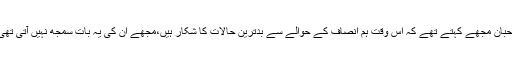
اُس زمانے میں بھی میرے بعض وکلاء دوست اور لوئر جوڈیشری کے جج صاحبان مجھے کہتے تھے کہ اس وقت ہم انصاف کے حوالے سے بدترین حالات کا شکار ہیں،مجھے اُن کی یہ بات سمجھ نہیں آتی تھی، کیونکہ بظاہر تو چیف جسٹس افتخار حمد چودھری نوٹس پر نوٹس لیتے تھے۔